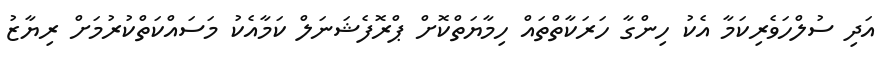
އަދި ސުލްހަވެރިކަމާ އެކު ހިންގާ ހަރަކާތްތައް ހިމާޔަތްކޮށް ޕްރޮފެޝަނަލް ކަމާއެކު މަސައްކަތްކުރުމަށް ރިޔާޒު